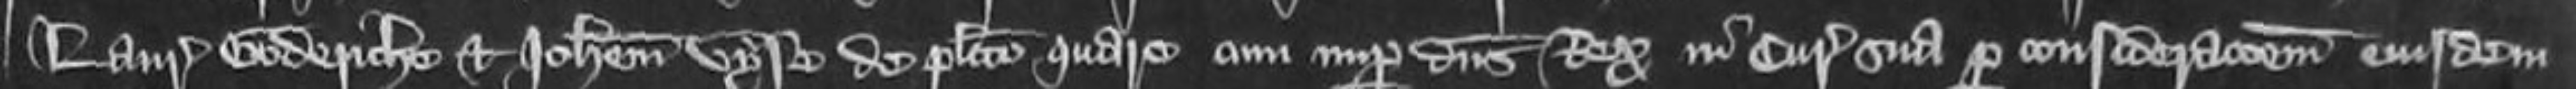
Laurencium Goderiche et Johannem Vyse de plactio quare cum nuper dominus Rex in curia sua per considerationem eiusdem